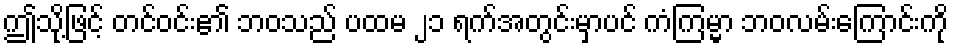
ဤသို့ဖြင့် တင်ဝင်း၏ ဘဝသည် ပထမ ၂၁ ရက်အတွင်းမှာပင် ကံကြမ္မာ ဘဝလမ်းကြောင်းကို